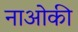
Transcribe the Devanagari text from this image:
नाओकी